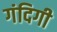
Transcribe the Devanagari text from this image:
गंदिगी